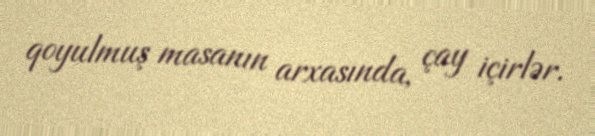
qoyulmuş masanın arxasında, çay içirlər.